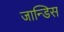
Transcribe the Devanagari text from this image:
जान्डिस